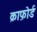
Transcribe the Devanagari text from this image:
क्राफ़ोर्ड